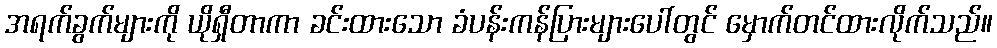
အရက်ခွက်များကို ယိုရှီတာကာ ခင်းထားသော ခံပန်းကန်ပြားများပေါ်တွင် မှောက်တင်ထားလိုက်သည်။